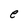
Character: e